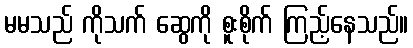
မမသည် ကိုသက် ဆွေကို စူးစိုက် ကြည့်နေသည်။